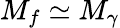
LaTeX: M_{f}\simeq M_{\gamma}